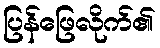
ပြန်ဖြေလိုက်၏